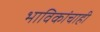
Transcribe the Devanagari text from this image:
भाविकांचाही